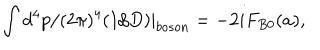
LaTeX: \int d ^ { 4 } p / ( 2 \pi ) ^ { 4 } ( 1 / D ) | _ { b o s o n } = - 2 i F _ { B 0 } ( a ) ,